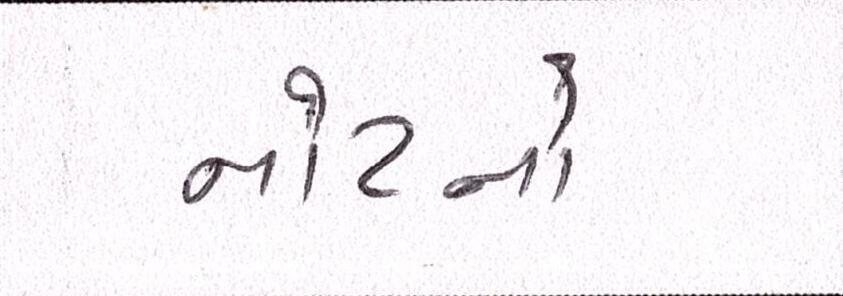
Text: નોટાનો